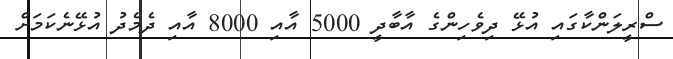
ސްރީލަންކާގައި އުޅޭ ދިވެހިންގެ އާބާދީ 5000 އާއި 8000 އާއި ދެމެދު އުޅޭނެކަމަށް